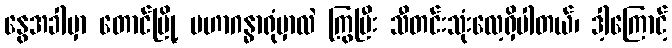
နွေအခါမှာ တောင်မြို့ မဟာဂန္ဓာရုံမှာလဲ ကြွပြီး သီတင်းသုံးလေ့ရှိပါတယ်၊ ဒါ့ကြောင့်